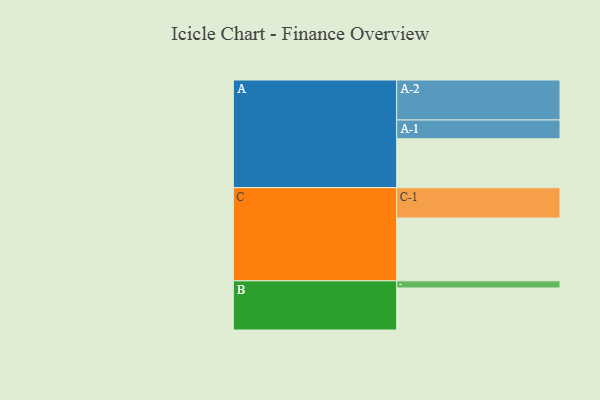
{"axis": {"x": "Segment", "y": "Value"}, "legend": ["", "A", "B", "C"], "data": [{"x": "A", "y": 362, "type": ""}, {"x": "B", "y": 311, "type": ""}, {"x": "C", "y": 465, "type": ""}, {"x": "A-1", "y": 139, "type": "A"}, {"x": "A-2", "y": 296, "type": "A"}, {"x": "B-1", "y": 53, "type": "B"}, {"x": "C-1", "y": 225, "type": "C"}]}